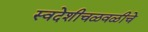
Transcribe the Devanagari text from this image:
स्वदेशीचळवळीचे